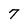
Character: 7